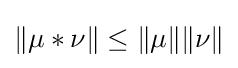
\|\mu *\nu \|\leq \|\mu \|\|\nu \|